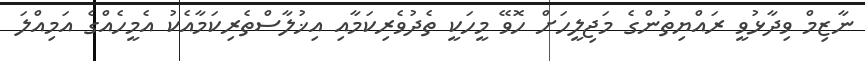
ނާޒިމް ވިދާޅުވީ ރައްޔިތުންގެ މަޖިލީހަށް ހޮވޭ މީހަކީ ތެދުވެރިކަމާއި އިޚުލާސްތެރިކަމާއެކު އެމީހެއްގެ އަމިއްލަ